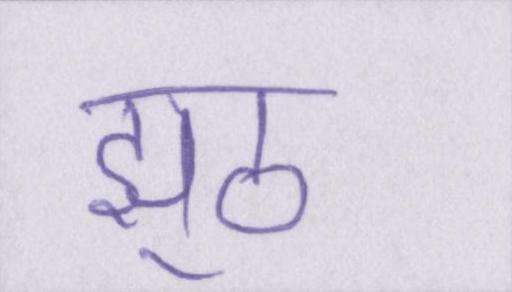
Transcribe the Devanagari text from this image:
झूठ